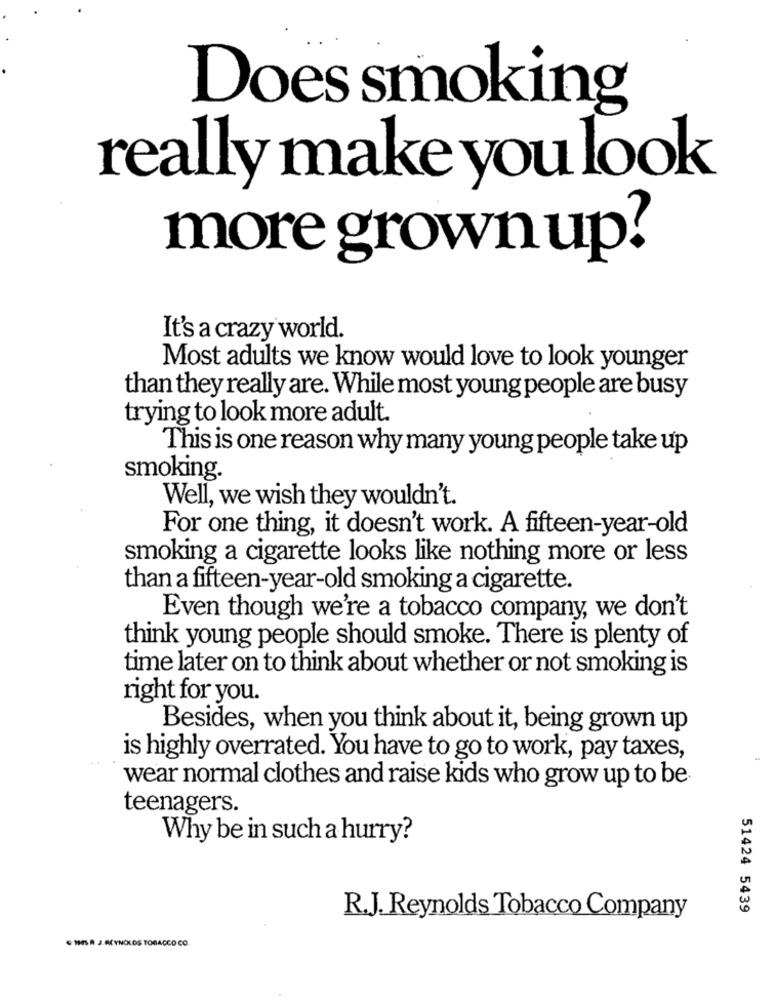
Does smoking
really make you look
more grown up?
It's a crazy world.
Most adults we know would love to look younger
than they really are. While most young people are busy
trying to look more adult.
This is one reason why many young people take up
smoking.
Well, we wish they wouldn't.
For one thing, it doesn't work. A fifteen-year-old
smoking a cigarette looks like nothing more or less
than a fifteen-year-old smoking a cigarette.
Even though we're a tobacco company, we don't
think young people should smoke. There is plenty of
time later on to think about whether or not smoking is
right for you.
Besides, when you think about it, being grown up
is highly overrated. You have to go to work, pay taxes,
wear normal clothes and raise kids who grow up to be
teenagers.
Why be in such a hurry?
51424 5439
R.J. Reynolds Tobacco Company
. MESA J.REYNOLDS TOBACCO CO.